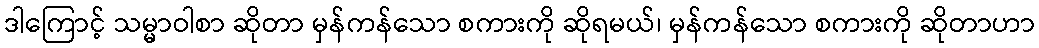
ဒါကြောင့် သမ္မာဝါစာ ဆိုတာ မှန်ကန်သော စကားကို ဆိုရမယ်၊ မှန်ကန်သော စကားကို ဆိုတာဟာ